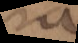
e